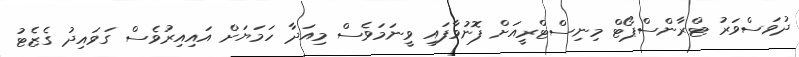
ދުވަސްވަރު ޓްރާންސްޕޯޓް މިނިސްޓްރީއަށް ފޮނުވާފައި ވީނަމަވެސް މިއަދާ ހަމަޔަށް އައިއިރުވެސް ގަވައިދު ގެޒެޓު